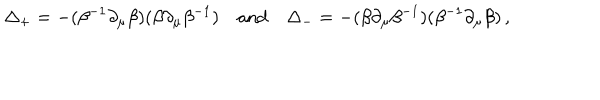
LaTeX: \Delta _ { + } = - ( \beta ^ { - 1 } \partial _ { \mu } \beta ) ( \beta \partial _ { \mu } \beta ^ { - 1 } ) \quad \mathrm { a n d } \quad \Delta _ { - } = - ( \beta \partial _ { \mu } \beta ^ { - 1 } ) ( \beta ^ { - 1 } \partial _ { \mu } \beta ) \, ,